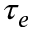
\tau _ { e }